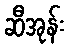
ဆီအုန်း